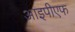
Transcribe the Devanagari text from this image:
आइपीएफ